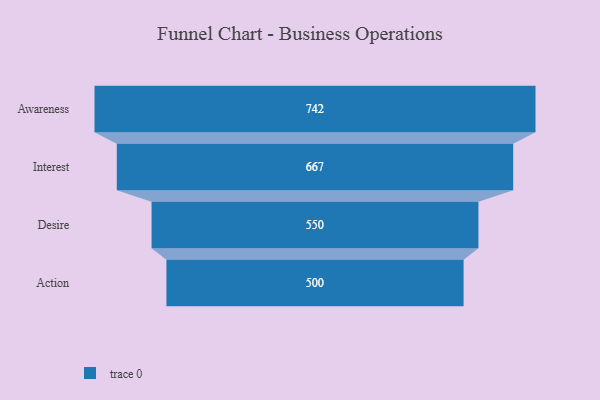
{"axis": {"x": "Stage", "y": "Value"}, "legend": [""], "data": [{"x": "Awareness", "y": 742.0, "type": ""}, {"x": "Interest", "y": 667.0, "type": ""}, {"x": "Desire", "y": 550.0, "type": ""}, {"x": "Action", "y": 500, "type": ""}]}